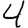
Digit: 4